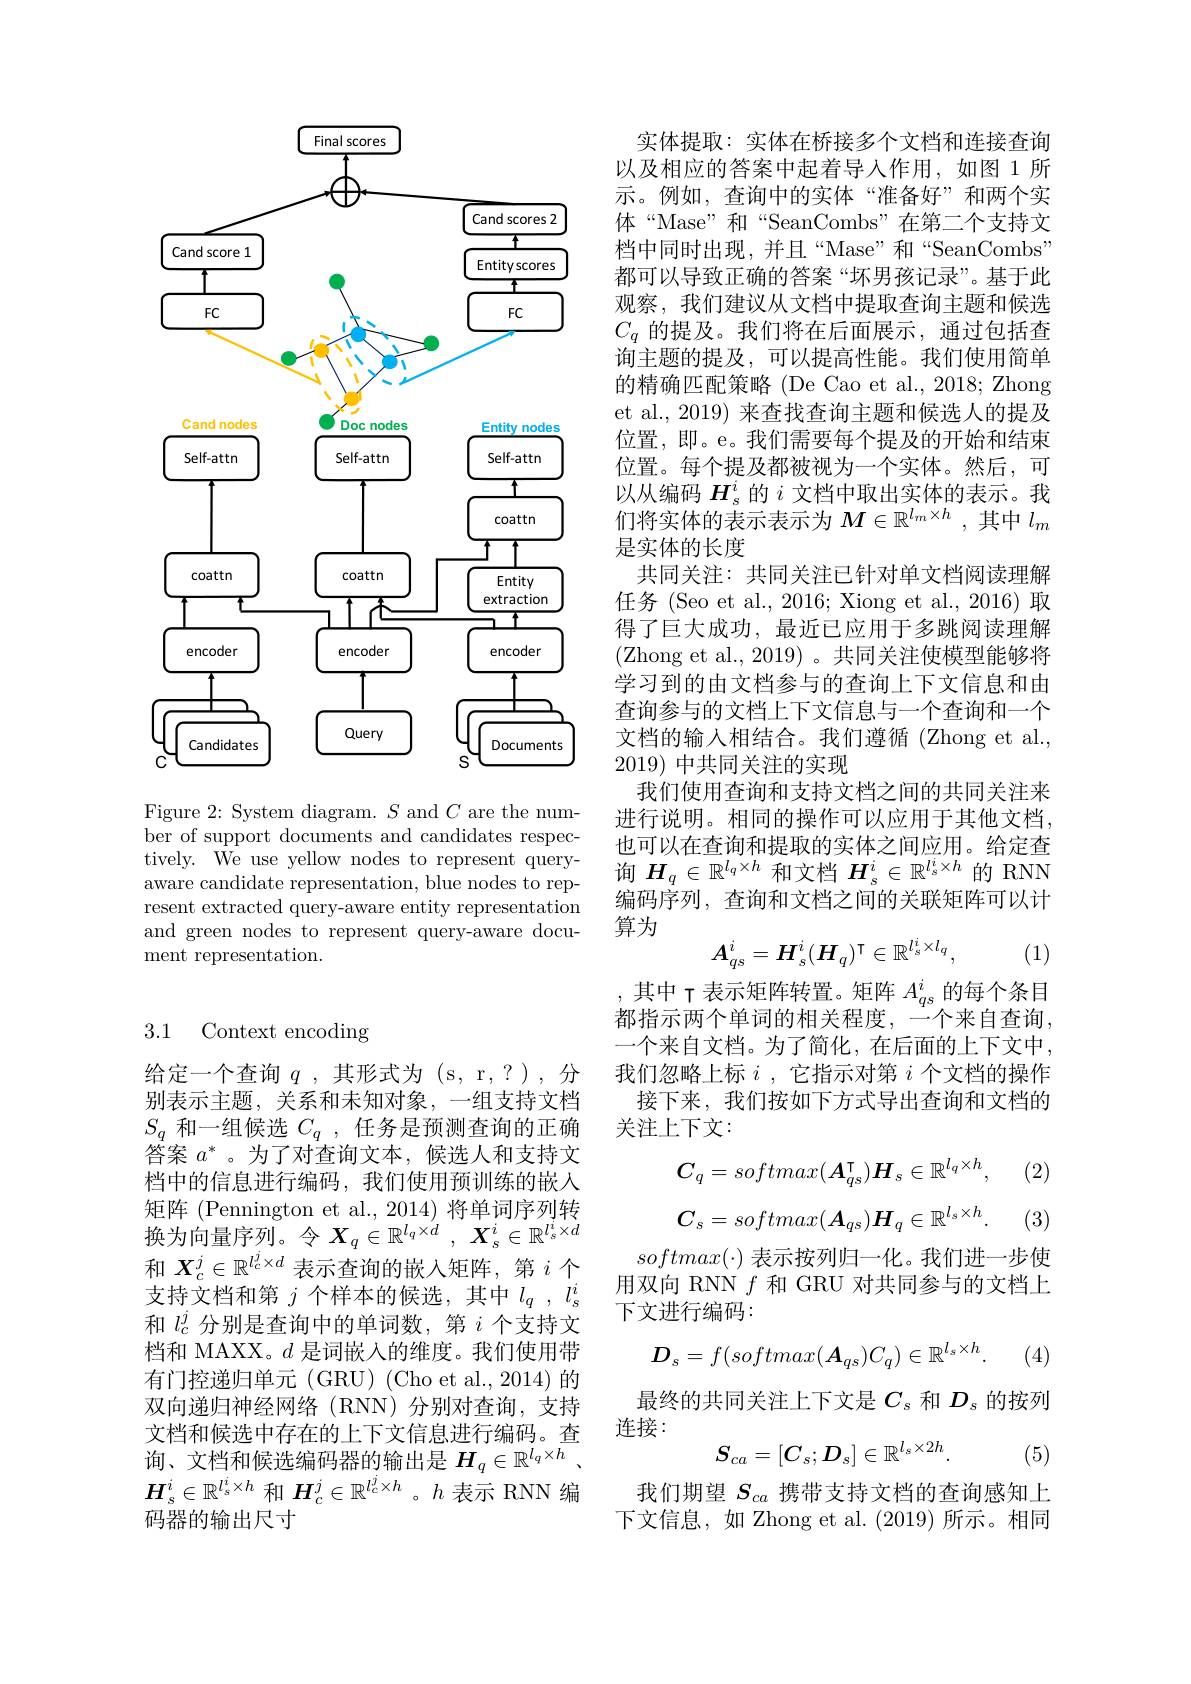
<FigureHere>

Figure 2: System diagram. $S$ and $C$ are the number of support documents and candidates respectively. We use yellow nodes to represent queryaware candidate representation, blue nodes to represent extracted query-aware entity representation and green nodes to represent query-aware document representation.

# 3.1 Context encoding

给定一个查询$q$,其形式为 (s, r,?),分别表示主题，关系和未知对象，一组支持文档$S_q$和一组候选$C_q$ ,任务是预测查询的正确$\dot{\text{答案 }a^*}$。为了对查询文本，候选人和支持文档中的信息进行编码，我们使用预训练的嵌入矩阵 (Pennington et al., 2014) 将单词序列转换为向量序列。令$X_q\in\mathbb{R}^l_q\times d~,~X_s^i\in\mathbb{R}^{l_s^i\times d}$ 和$X_c^j\in\mathbb{R}^{l_c^j\times d}$表示查询的嵌入矩阵，第$i$个支持文档和第$j$个样本的候选，其中$l_q,l_s^i$ 和$l_c^j$分别是查询中的单词数，第$i$个支持文档和 MAXX。$d$是词嵌入的维度。我们使用带有门控递归单元(GRU)(Cho et al.,2014)的双向递归神经网络(RNN)分别对查询，支持文档和候选中存在的上下文信息进行编码。查询、文档和候选编码器的输出是$H_q\in\mathbb{R}^{l_q\times h}$ , $H_s^i\in\mathbb{R}^{l_s^i\times h}$和$\boldsymbol{H}_c^j\in\mathbb{R}^{l_c^j\times h}$ 。$h$表示 RNN 编码器的输出尺寸

实体提取：实体在桥接多个文档和连接查询以及相应的答案中起着导入作用，如图 1 所示。例如，查询中的实体“准备好”和两个实体“Mase”和“SeanCombs”在第二个支持文档中同时出现，并且“Mase”和“SeanCombs” 都可以导致正确的答案“坏男孩记录”。基于此观察，我们建议从文档中提取查询主题和候选$C_q$的提及。我们将在后面展示，通过包括查询主题的提及，可以提高性能。我们使用简单的精确匹配策略(De Cao et al., 2018; Zhong et al., 2019) 来查找查询主题和候选人的提及位置，即。e。我们需要每个提及的开始和结束位置。每个提及都被视为一个实体。然后，可以从编码$H_\mathrm{s}^i$的$i$文档中取出实体的表示。我们将实体的表示表示为$M\in\mathbb{R}^l_m\times h$,其中$l_m$ 是实体的长度
共同关注：共同关注已针对单文档阅读理解任务 (Seo et al., 2016; Xiong et al., 2016) 取得了巨大成功，最近已应用于多跳阅读理解(Zhong et al., 2019)。共同关注使模型能够将学习到的由文档参与的查询上下文信息和由查询参与的文档上下文信息与一个查询和一个文档的输入相结合。我们遵循(Zhong et al., 2019)中共同关注的实现
我们使用查询和支持文档之间的共同关注来进行说明。相同的操作可以应用于其他文档， 也可以在查询和提取的实体之间应用。给定查询$H_q\in\mathbb{R}^{l_q\times h}$和文档$H_s^i\in\mathbb{R}^{l_s^i\times h}$的 RNN 编码序列，查询和文档之间的关联矩阵可以计算为
$$A_{qs}^i=H_s^i(H_q)^\intercal\in\mathbb{R}^{l_s^i\times l_q},$$
(1)

,其中 T 表示矩阵转置。矩阵$A_qs^i$的每个条目都指示两个单词的相关程度，一个来自查询， 一个来自文档。为了简化，在后面的上下文中， 我们忽略上标$i$ ,它指示对第$i$个文档的操作
接下来，我们按如下方式导出查询和文档的
关注上下文：

(2)
$$C_q=softmax(A_{qs}^\intercal)H_s\in\mathbb{R}^{l_q\times h},$$
$$C_s=softmax(\boldsymbol{A}_{qs})\boldsymbol{H}_q\in\mathbb{R}^{l_s\times h}.$$
(3)

$softmax(\cdot)$表示按列归一化。我们进一步使用双向 RNN $f$和 GRU 对共同参与的文档上下文进行编码：
$$D_s=f(softmax(\boldsymbol{A}_{qs})C_q)\in\mathbb{R}^{l_s\times h}.$$
(4)

最终的共同关注上下文是$C_\mathrm{s}$和$D_\mathrm{s}$的按列
连接：
$$S_{ca}=[C_s;D_s]\in\mathbb{R}^{l_s\times2h}.$$
(5)

我们期望$S_{ca}$携带支持文档的查询感知上下文信息，如 Zhong et al. (2019)所示。相同